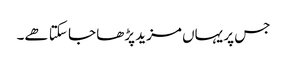
جس پر یہاں مزید پڑھا جا سکتا ھے۔